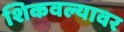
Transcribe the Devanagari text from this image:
शिकवल्यावर